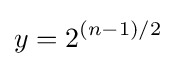
y=2^{(n-1)/2}